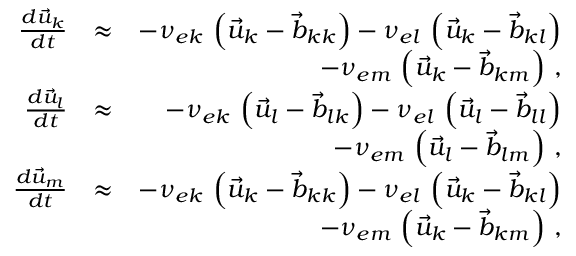
\begin{array} { r l r } { \frac { d \vec { u } _ { k } } { d t } } & { \approx } & { - \nu _ { e k } \, \left( \vec { u } _ { k } - \vec { b } _ { k k } \right) - \nu _ { e l } \, \left( \vec { u } _ { k } - \vec { b } _ { k l } \right) } \\ & { } & { - \nu _ { e m } \, \left( \vec { u } _ { k } - \vec { b } _ { k m } \right) \, , } \\ { \frac { d \vec { u } _ { l } } { d t } } & { \approx } & { - \nu _ { e k } \, \left( \vec { u } _ { l } - \vec { b } _ { l k } \right) - \nu _ { e l } \, \left( \vec { u } _ { l } - \vec { b } _ { l l } \right) } \\ & { } & { - \nu _ { e m } \, \left( \vec { u } _ { l } - \vec { b } _ { l m } \right) \, , } \\ { \frac { d \vec { u } _ { m } } { d t } } & { \approx } & { - \nu _ { e k } \, \left( \vec { u } _ { k } - \vec { b } _ { k k } \right) - \nu _ { e l } \, \left( \vec { u } _ { k } - \vec { b } _ { k l } \right) } \\ & { } & { - \nu _ { e m } \, \left( \vec { u } _ { k } - \vec { b } _ { k m } \right) \, , } \end{array}